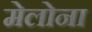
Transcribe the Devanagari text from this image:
मेलोना